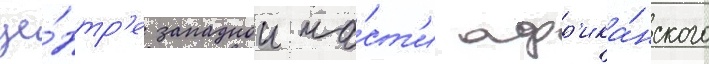
це́нтр'е западнои ча́ст'и афр'ика́нского